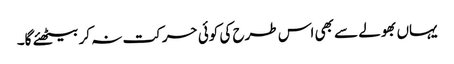
یہاں بھولے سے بھی اس طرح کی کوئی حرکت نہ کر بیٹھئے گا۔